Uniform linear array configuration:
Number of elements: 12
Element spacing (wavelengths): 0.75
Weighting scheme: cosine
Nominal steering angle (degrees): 30
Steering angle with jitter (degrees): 29.286
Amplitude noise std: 0.05
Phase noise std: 0.05

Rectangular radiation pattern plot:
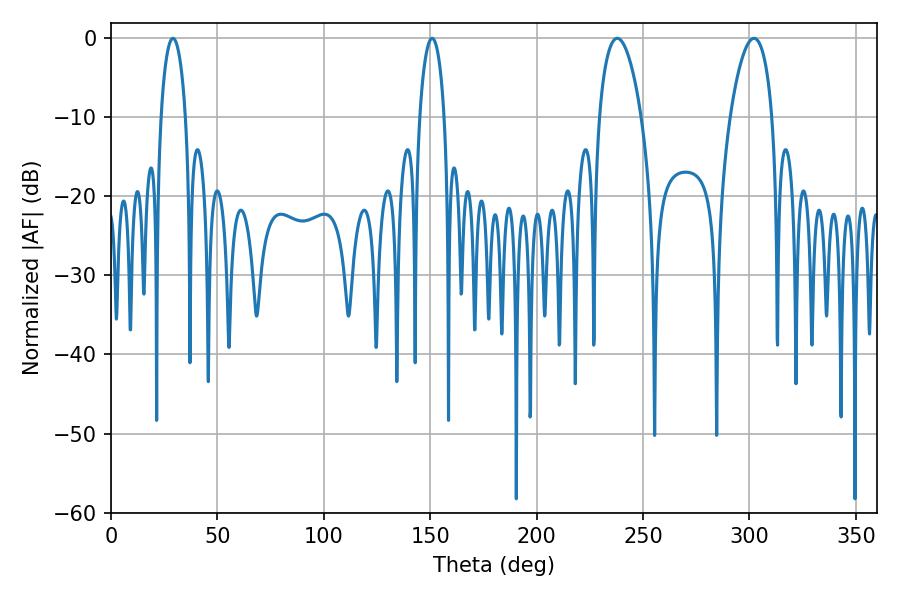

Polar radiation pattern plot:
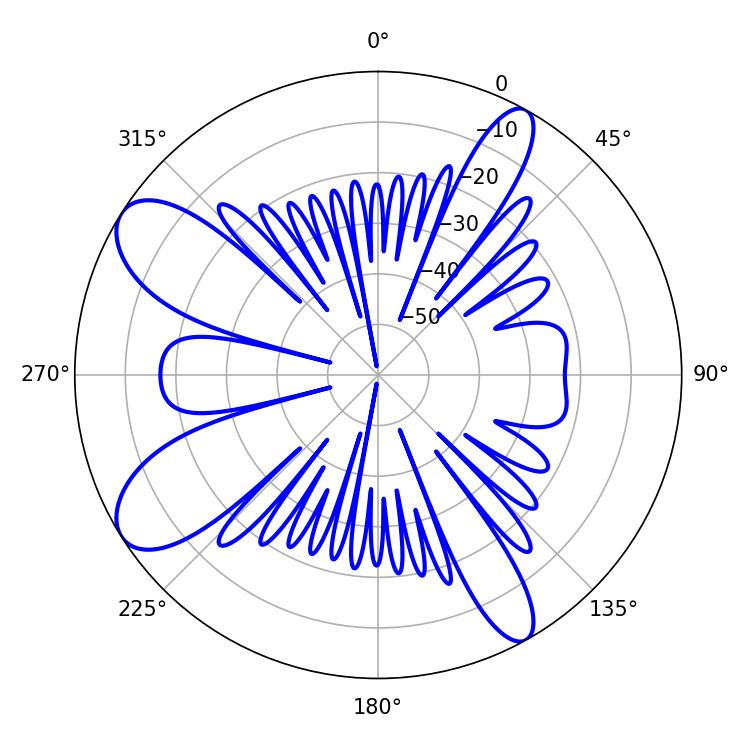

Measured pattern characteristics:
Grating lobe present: TRUE
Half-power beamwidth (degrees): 6.48
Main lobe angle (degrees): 29.16